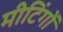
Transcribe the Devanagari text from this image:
मीटिंगों